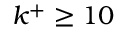
k ^ { + } \geq 1 0